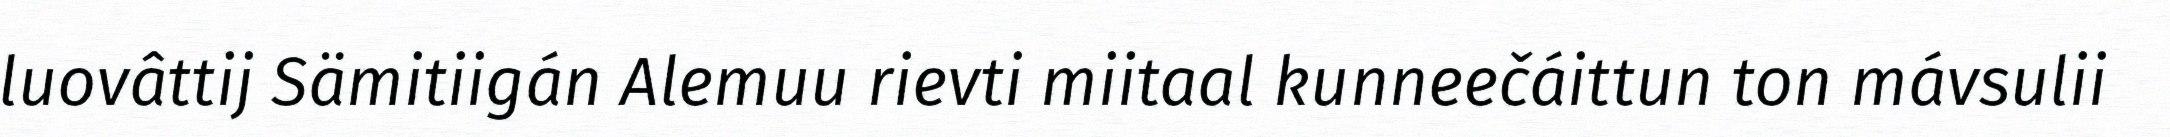
luovâttij Sämitiigán Alemuu rievti miitaal kunneečáittun ton mávsulii